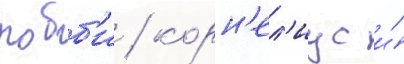
робб'и / корн'ел'иус и́